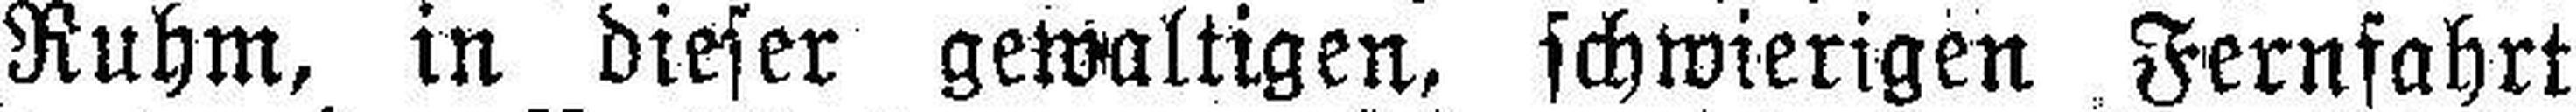
Ruhm, in dieser gewaltigen, schwierigen Fernfahrt